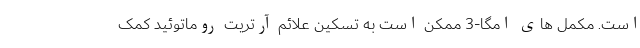
است. مکمل های امگا-3 ممکن است به تسکین علائم آرتریت روماتوئید کمک